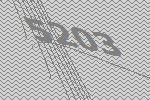
5203